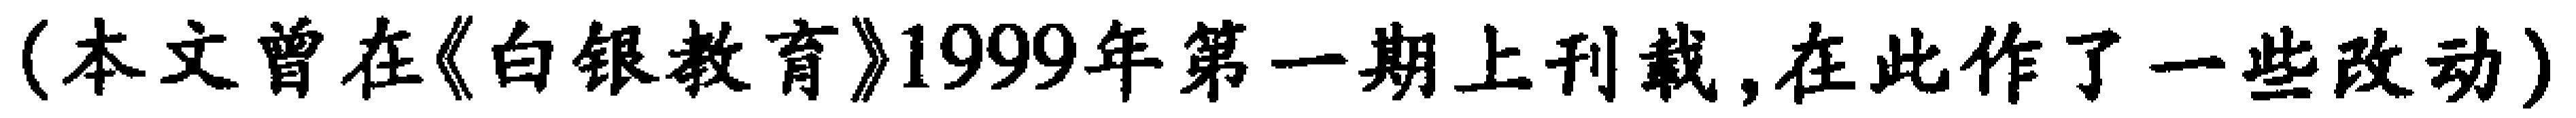
（本文曾在《白银教育》1999年第一期上刊载，在此作了一些改动）